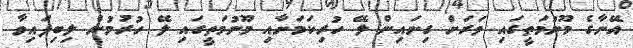
އޭނާގެ މޫނުމަތީގައި ވަރަށް ގިނައިން ލޭ ހުރިކަމަށާއި މޫނުމަތީގައި ލޭ ހުރުމުން ލިބިފައިވާ